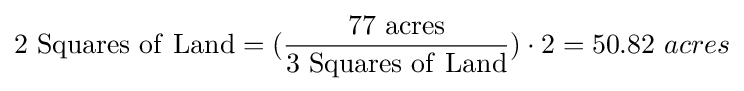
\mathrm {2\ Squares\ of\ Land} =({\frac {\mathrm {77\ acres} }{\mathrm {3\ Squares\ of\ Land} }})\cdot 2=50.82\ acres